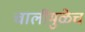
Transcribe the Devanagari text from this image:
चालींमुळेच